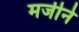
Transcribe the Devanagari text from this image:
मर्जीने